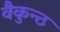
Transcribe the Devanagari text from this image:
वैकुन्ठ